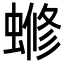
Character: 𬠡